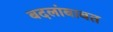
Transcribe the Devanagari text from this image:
बदलांबाबत